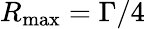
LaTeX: R_{\mathrm{max}}=\Gamma/4